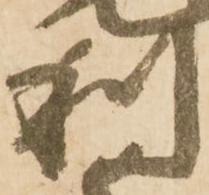
利